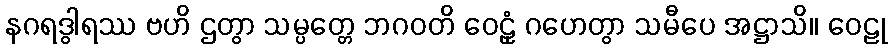
နဂရဒွါရဿ ဗဟိ ဌတွာ သမ္ပတ္တေ ဘဂဝတိ ဝေဠုံ ဂဟေတွာ သမီပေ အဋ္ဌာသိ။ ဝေဠု